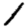
Digit: 1